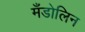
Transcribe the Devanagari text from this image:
मँडोलिन